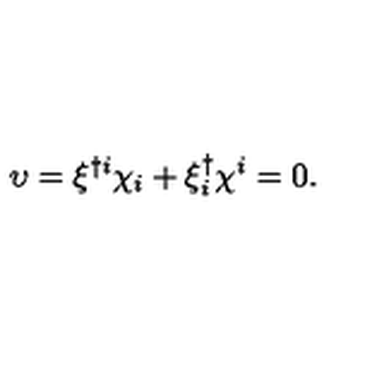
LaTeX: \upsilon = \xi ^ { \dagger i } \chi _ { i } + \xi _ { i } ^ { \dagger } \chi ^ { i } = 0 .